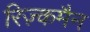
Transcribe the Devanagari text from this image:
रिज़्कमैन